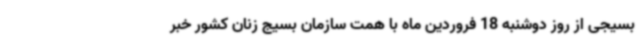
بسیجی از روز دوشنبه 18 فروردین ماه با همت سازمان بسیج زنان کشور خبر